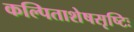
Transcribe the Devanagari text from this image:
कल्पिताशेषसृष्टिः